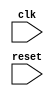
module timing_control_sync (
  input wire clk,
  input wire reset,
  // additional inputs and outputs as needed
);

// Verilog code for timing control and synchronization blocks goes here

endmodule